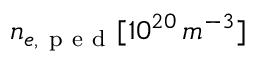
n _ { e , \mathrm { ~ p ~ e ~ d ~ } } [ 1 0 ^ { 2 0 } \, m ^ { - 3 } ]